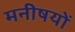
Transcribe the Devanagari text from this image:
मनीषयों